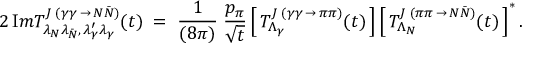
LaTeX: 2 \, { \mathrm I m } T _ { \lambda _ { N } \lambda _ { \bar { N } } , \, \lambda _ { \gamma } ^ { \prime } \lambda _ { \gamma } } ^ { J \; ( \gamma \gamma \, \rightarrow \, N \bar { N } ) } ( t ) \; = \; { \frac { 1 } { ( 8 \pi ) } } \; { \frac { p _ { \pi } } { \sqrt { t } } } \left[ \, T _ { \Lambda _ { \gamma } } ^ { J \; ( \gamma \gamma \, \rightarrow \, \pi \pi ) } ( t ) \, \right] \left[ \, T _ { \Lambda _ { N } } ^ { J \; ( \pi \pi \, \rightarrow \, N \bar { N } ) } ( t ) \, \right] ^ { \ast } .